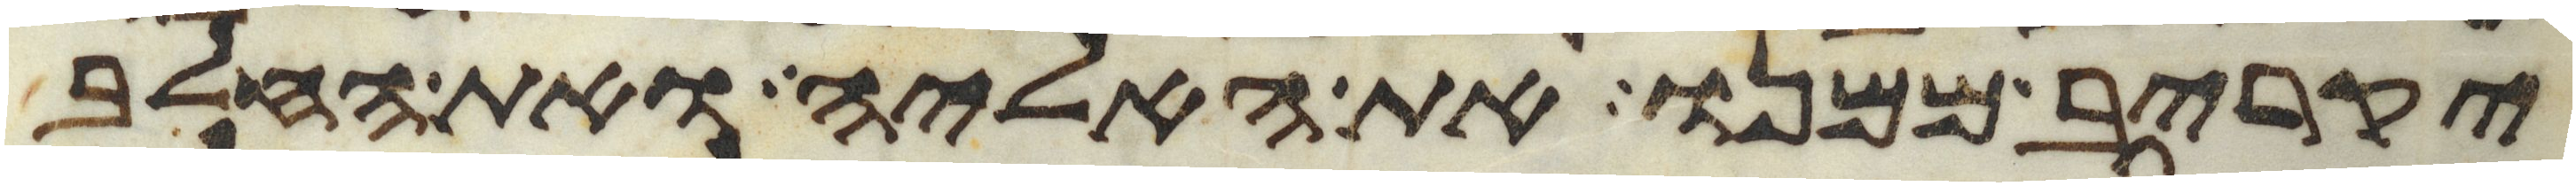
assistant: יקריב ממנו את האליה ואת החלב